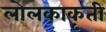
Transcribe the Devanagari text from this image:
लोलकाकृती